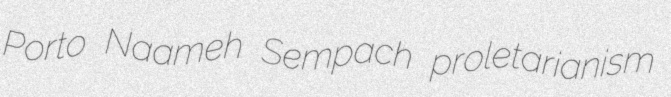
Porto Naameh Sempach proletarianism